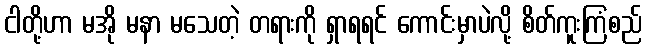
ငါတို့ဟာ မအို မနာ မသေတဲ့ တရားကို ရှာရရင် ကောင်းမှာပဲလို့ စိတ်ကူးကြံစည်